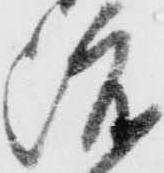
渡